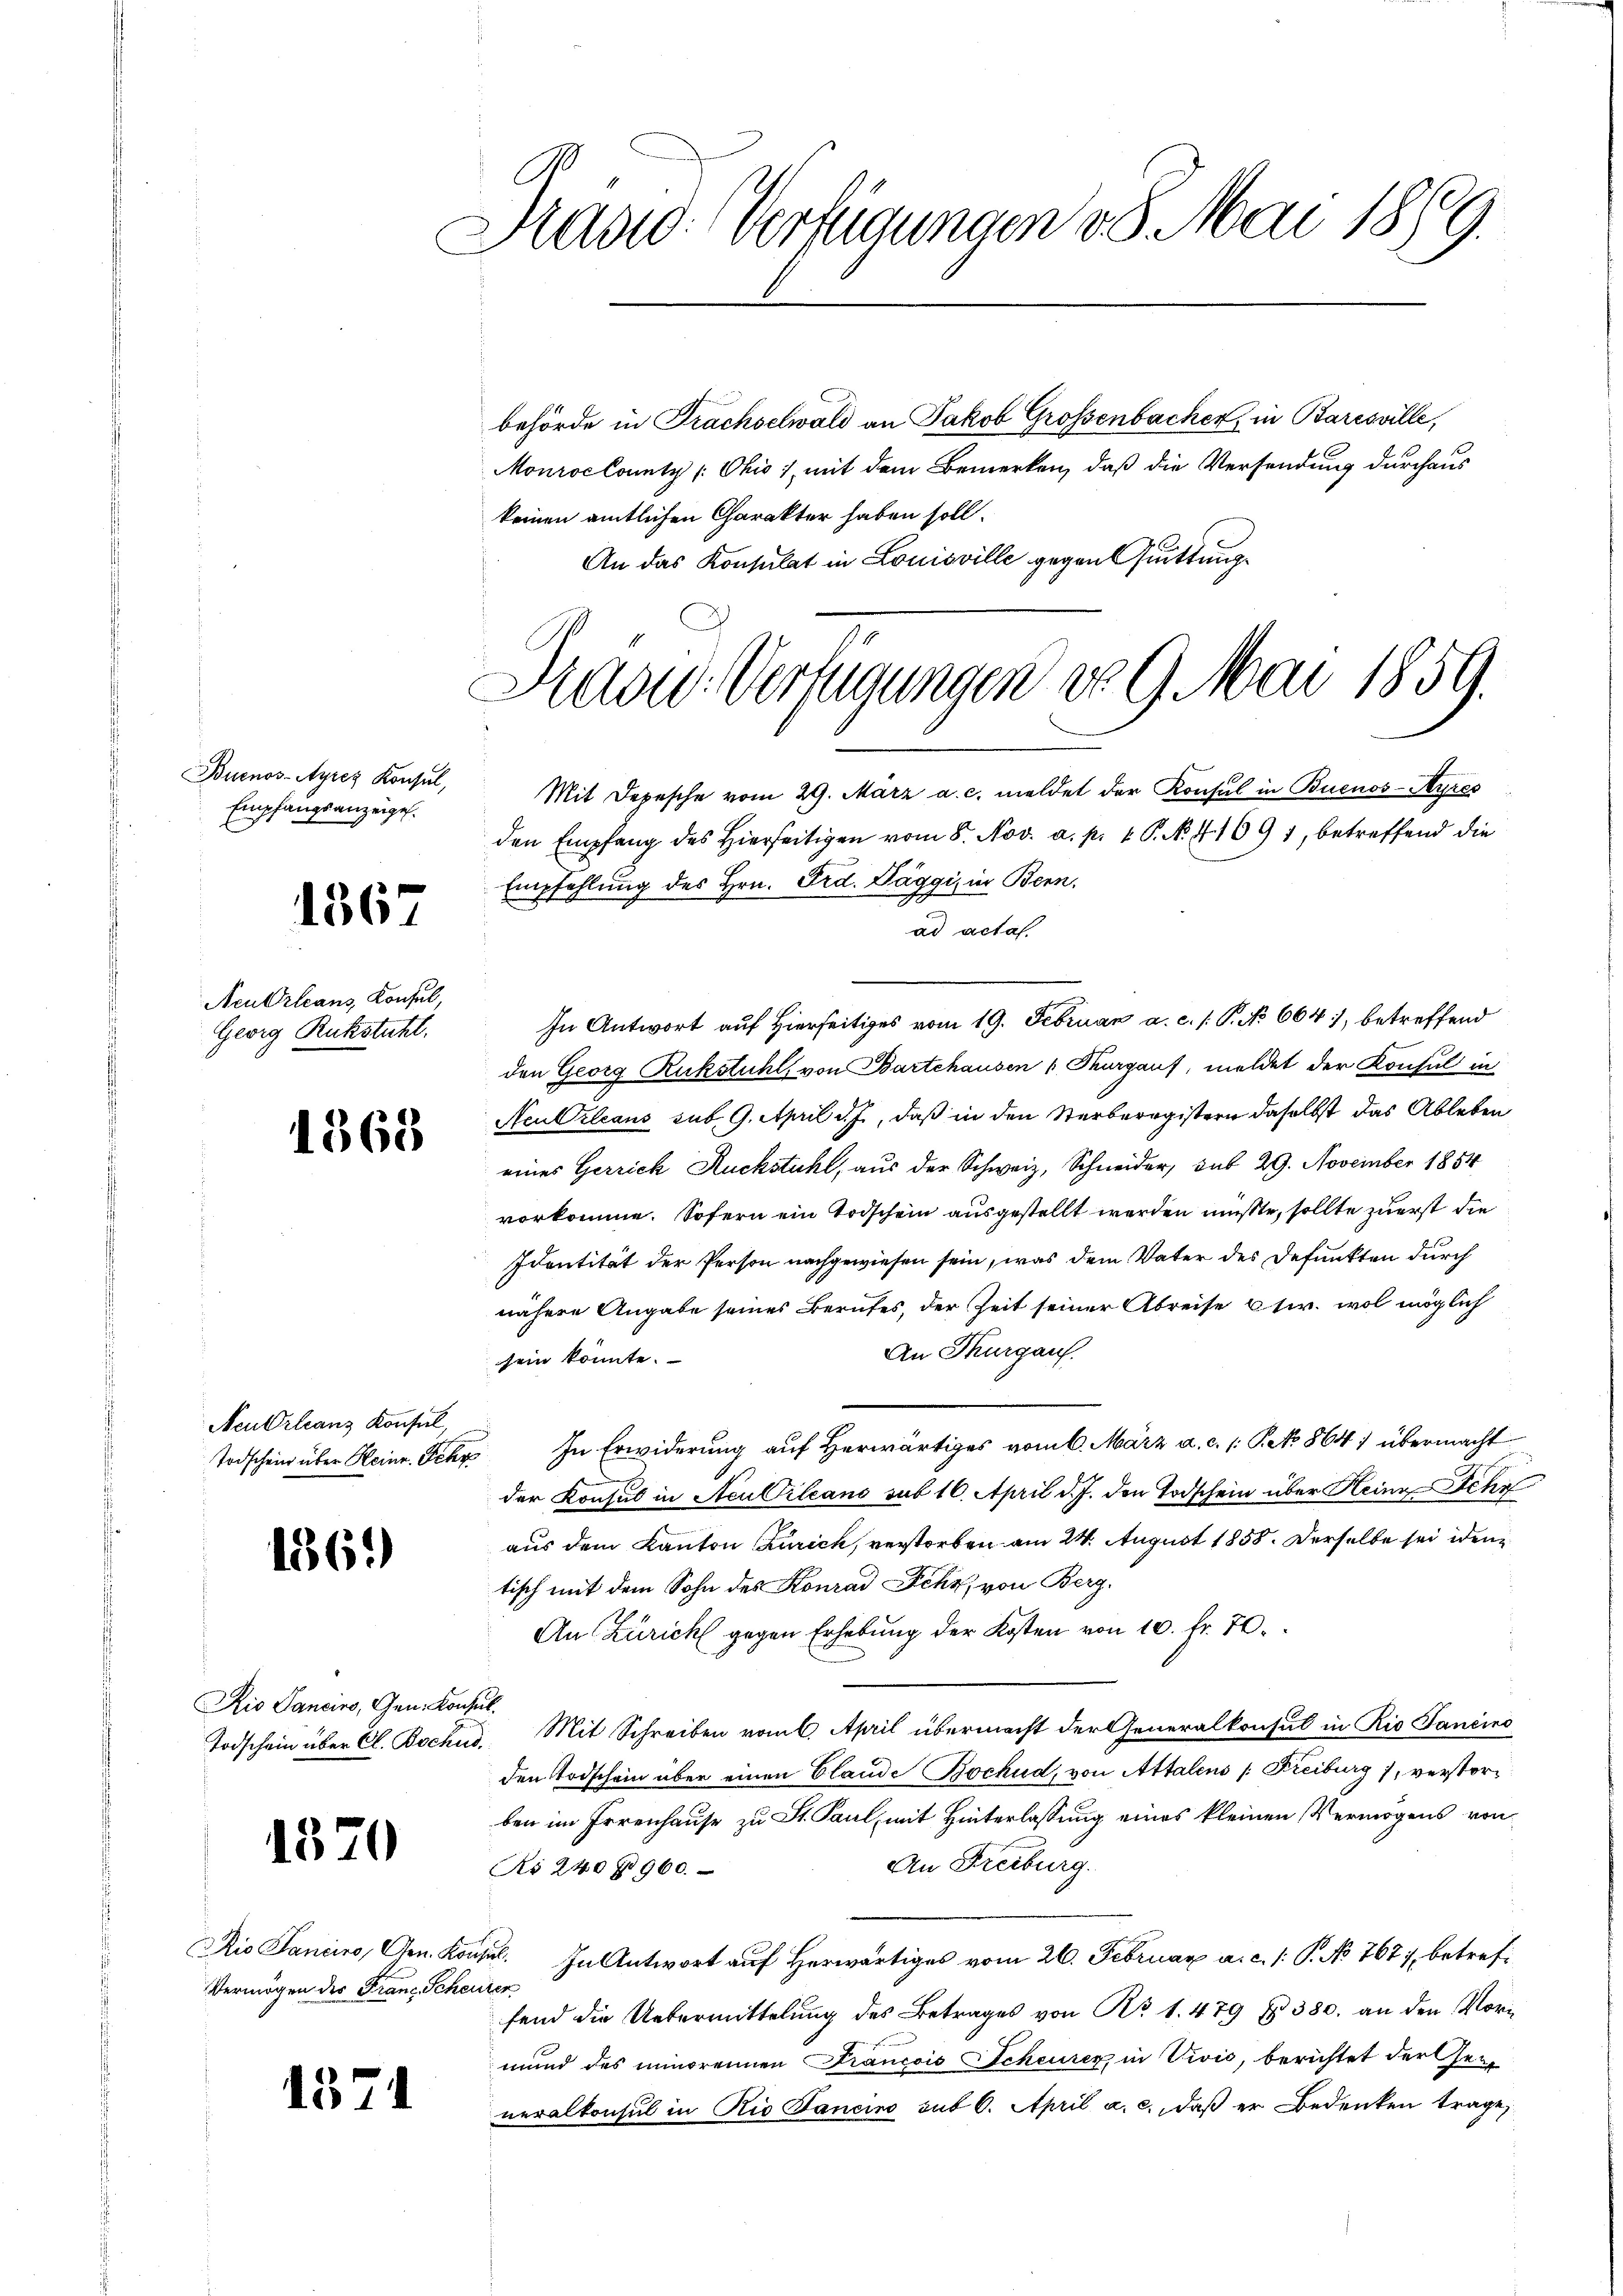
Buenos-Ayres Konsul,
Empfangsanzeigel.

1367

Neukrleans, Konsul
Georg Ruckstuhl.

1368

Neu Orleans Konsul,
Todschein über Heinr. Schr

1361)

Rio Sancirs, Gen. Kons
Todschein über Cl. Bochus

1570

Rio Saniiro, Gen. Kor
Vermögen der Franz Sche

15

.

Hasio Verfügungen 38. Mai 1889.

behörde in Frachselwald an Jakob Großenbacher, in Baresville,
MonrocCounty (Ohis), mit dem Bemerken, daß die Versendung durchaus
keinen amtlichen Charakter haben soll.
An das Konsulat in Louisville gegen Quittung

Kadw. Verfügungen v. 9. Mai 1859.
Mit Depesche vom 29. März a. c. meldet der Konsul in Buenos-Ayres

den Empfang des hierseitigen vom 8. Nov. a. p. 1. P. N. 41691, betreffend die
Empfehlung des Hrn. Frd. Daggi, in Bern,
ad acta.
In Antwort auf Hierseitiges vom 19. Februar a. c. /: P. No 664), betreffend
den Georg Ruckstuhl, von Bartehausen 1 Thurgauf, meldet der Konsul in
Aculrleans sub. 9. April d. J., daß in den Sterberegistern daselbst das Ableben
eines Gerrich Ruckstuhl, aus der Schweiz, Schneider, sub 29. November 1884
vorkomme. Sofern ein Todschein ausgestellt werden müßte, sollte zuerst die
Identität der Person nachgewiesen sein, was dem Vater des Defunkten durch
nähere Angabe seines Berufes, der Zeit seiner Abreise Ctr. wol möglich
An Thurgau.
sein könnte.
In Erwiderung auf Herwärtiges vom 6. März a. c. 1. Pro. 1864) übermacht
der Konsul in Neuvilcano sub 16. April d. J. den Todschein über Heine Schr
aus dem Kanton Zürich, verstorben am 24. August 1858. Derselbe sei iden
tisch mit dem Sohn des Konrad Fehr, von Berg.
An Zürich gegen Erhebung der Kosten von 10. fr. 70.
Mit Schreiben vom 6. April übermacht der Generalkonsul in Rio Janeine
den Todschein aber einen Blande Bockud, von Attalens (Freiburg), verstorben im Irrenhause zu St. Paul, mit Hinterlassung eines kleinen Vermögens von
An Freiburg.
Nr 240 § 960.
u. In Antwort auf Herwärtiges vom 26. Februar a. c. /: P. No 767 betrefter
fend die Uebermittelung des Betrages von Nr. 1. 479 § 380. an den Vormund des minorennen Francois Scheurer in Vivić, berichtet der Gege
neralkonsul in Rio Sancino sub 6. April a. c., daß er Bedenken trage,